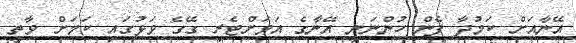
އޭނާއަށް ކަމުދާ ފެން ހުންނަނީ އޭނާގެ އަވަށްޓެރި ގޭގެ ވަޅުގައި ކަމަށް ވާތީ